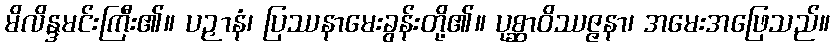
မိလိန္ဒမင်းကြီး၏။ ပဉှာနံ၊ ပြဿနာမေးခွန်းတို့၏။ ပုစ္ဆာဝိဿဇ္ဇနာ၊ အမေးအဖြေသည်။